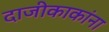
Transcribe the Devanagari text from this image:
दाजीकाकांना